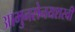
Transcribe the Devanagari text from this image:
आमुनसेनयशस्वी